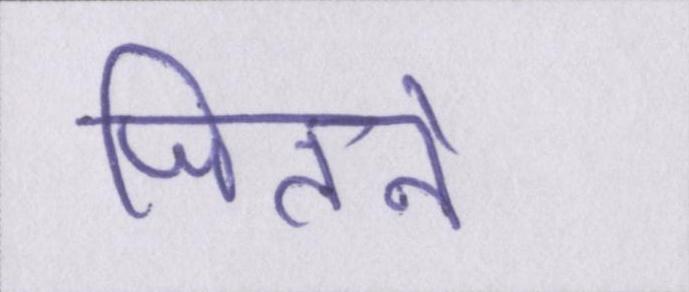
जितने